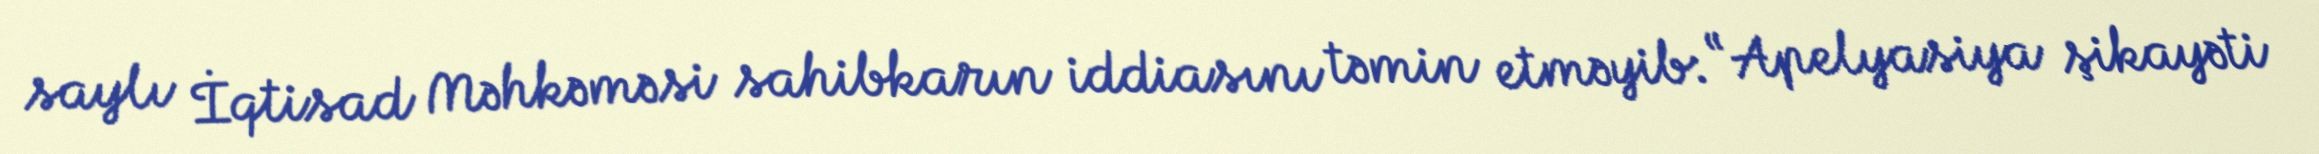
saylı İqtisad Məhkəməsi sahibkarın iddiasını təmin etməyib: “Apelyasiya şikayəti